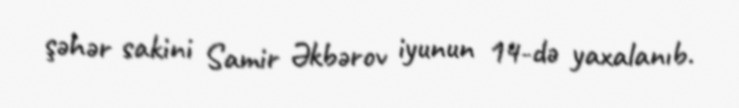
şəhər sakini Samir Əkbərov iyunun 14-də yaxalanıb.